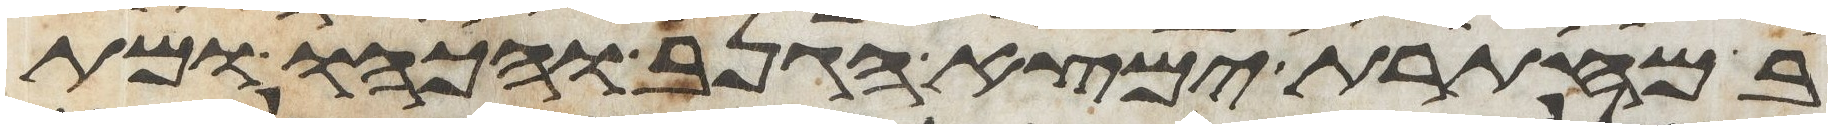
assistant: במחתרת ימצא הגנב והכהו ומת